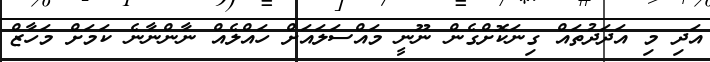
އަދި މި އަދަދުތައް ގިނަކޮށްގެން ނޫނީ މައްސަލައަށް ހައްލެއް ނާންނާނެ ކަމަށް މަހާޒް